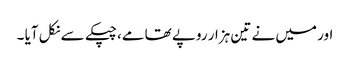
اور میں نے تین ہزار روپے تھامے، چپکے سے نکل آیا ۔